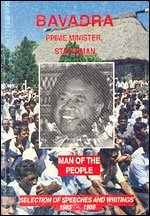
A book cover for Bavadra: Prime Minister, Statesman, Man of the People: Selection of Speeches and Writings, 1985-1989; Timoci Uluivuda Bavadra; History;